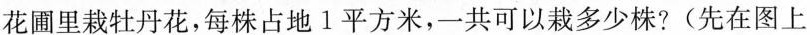
花圃里栽牡丹花，每株占地1平方米，一共可以栽多少株?(先在图上